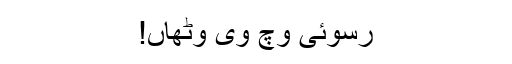
رسوئی وچ وی وِٹھاں!